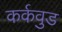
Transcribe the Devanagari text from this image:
कर्कवुड